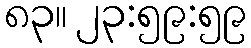
၈၃။ ၂၃:၅၉:၅၉